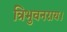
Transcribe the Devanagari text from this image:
त्रिभुवनराय।